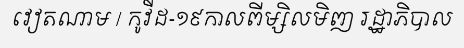
វៀតណាម / កូវីដ-១៩កាលពីម្សិលមិញ រដ្ឋាភិបាល